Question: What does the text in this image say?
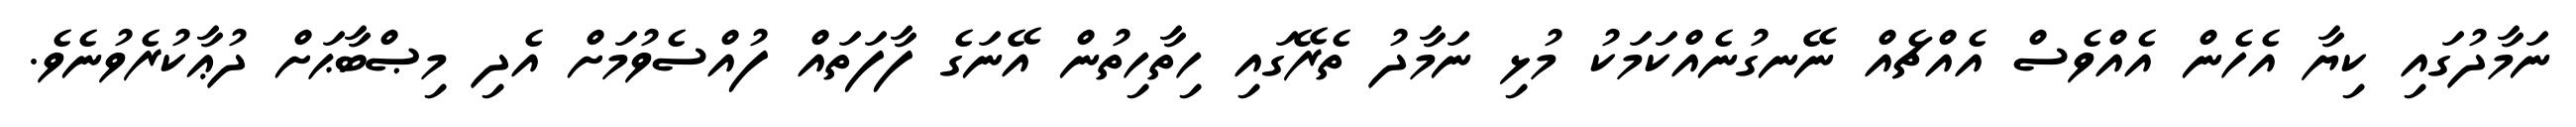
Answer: ނަމާދުގައި ކިޔާ އެހެން އެއްވެސް އެއްޗެއް ނޭނގުނެއްކަމަކު މުޅި ނަމާދު ތެރޭގައި ހިތާހިތުން އޭނަގެ ފާފަތައް ފުއްސެވުމަށް އެދި މިޞްބާޙަށް ދުޢާކުރެވުނެވެ.